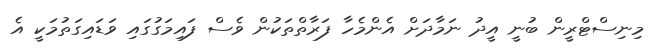
މިނިސްޓްރީން ބުނީ އީދު ނަމާދަށް އެންމެހާ ފަރާތްތަކުން ވެސް ފައިމަގުގައި ވަޑައިގަތުމަކީ އެ